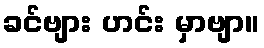
ခင်ဗျား ဟင်း မှာဗျာ။